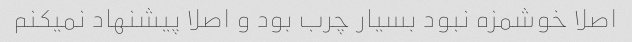
اصلا خوشمزه نبود بسیار چرب بود و اصلا پیشنهاد نمیکنم